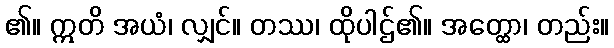
၏။ ဣတိ အယံ၊ လျှင်။ တဿ၊ ထိုပါဌ်၏။ အတ္ထော၊ တည်း။